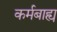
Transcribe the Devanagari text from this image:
कर्मबाह्य